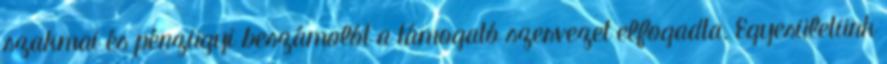
szakmai és pénzügyi beszámolót a támogató szervezet elfogadta. Egyesületünk